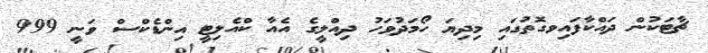
ޗާޓަކުން ދައްކާފައިވގޮތުގައި މިދިޔަ ހޯމަދުވަހު ދިއްލީގެ އެއާ ކްއެލިޓީ އިންޑެކްސް ވަނީ 999